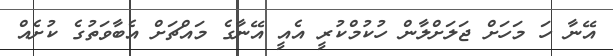
އޭނާ ހަ މަހަށް ޖަލަށްލާން ހުކުމްކުރީ އެއީ އޭނާގެ މައްޗަށް އެބާވަތުގެ ކުށެއް